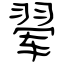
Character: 翚